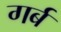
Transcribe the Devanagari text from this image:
गर्ब